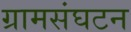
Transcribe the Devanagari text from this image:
ग्रामसंघटन